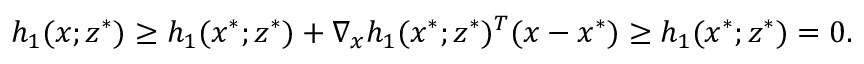
h _ { 1 } ( \boldsymbol { x } ; \boldsymbol { z } ^ { * } ) \geq h _ { 1 } ( \boldsymbol { x } ^ { * } ; \boldsymbol { z } ^ { * } ) + \nabla _ { \boldsymbol { x } } h _ { 1 } ( \boldsymbol { x } ^ { * } ; \boldsymbol { z } ^ { * } ) ^ { T } ( \boldsymbol { x } - \boldsymbol { x } ^ { * } ) \geq h _ { 1 } ( \boldsymbol { x } ^ { * } ; \boldsymbol { z } ^ { * } ) = 0 .